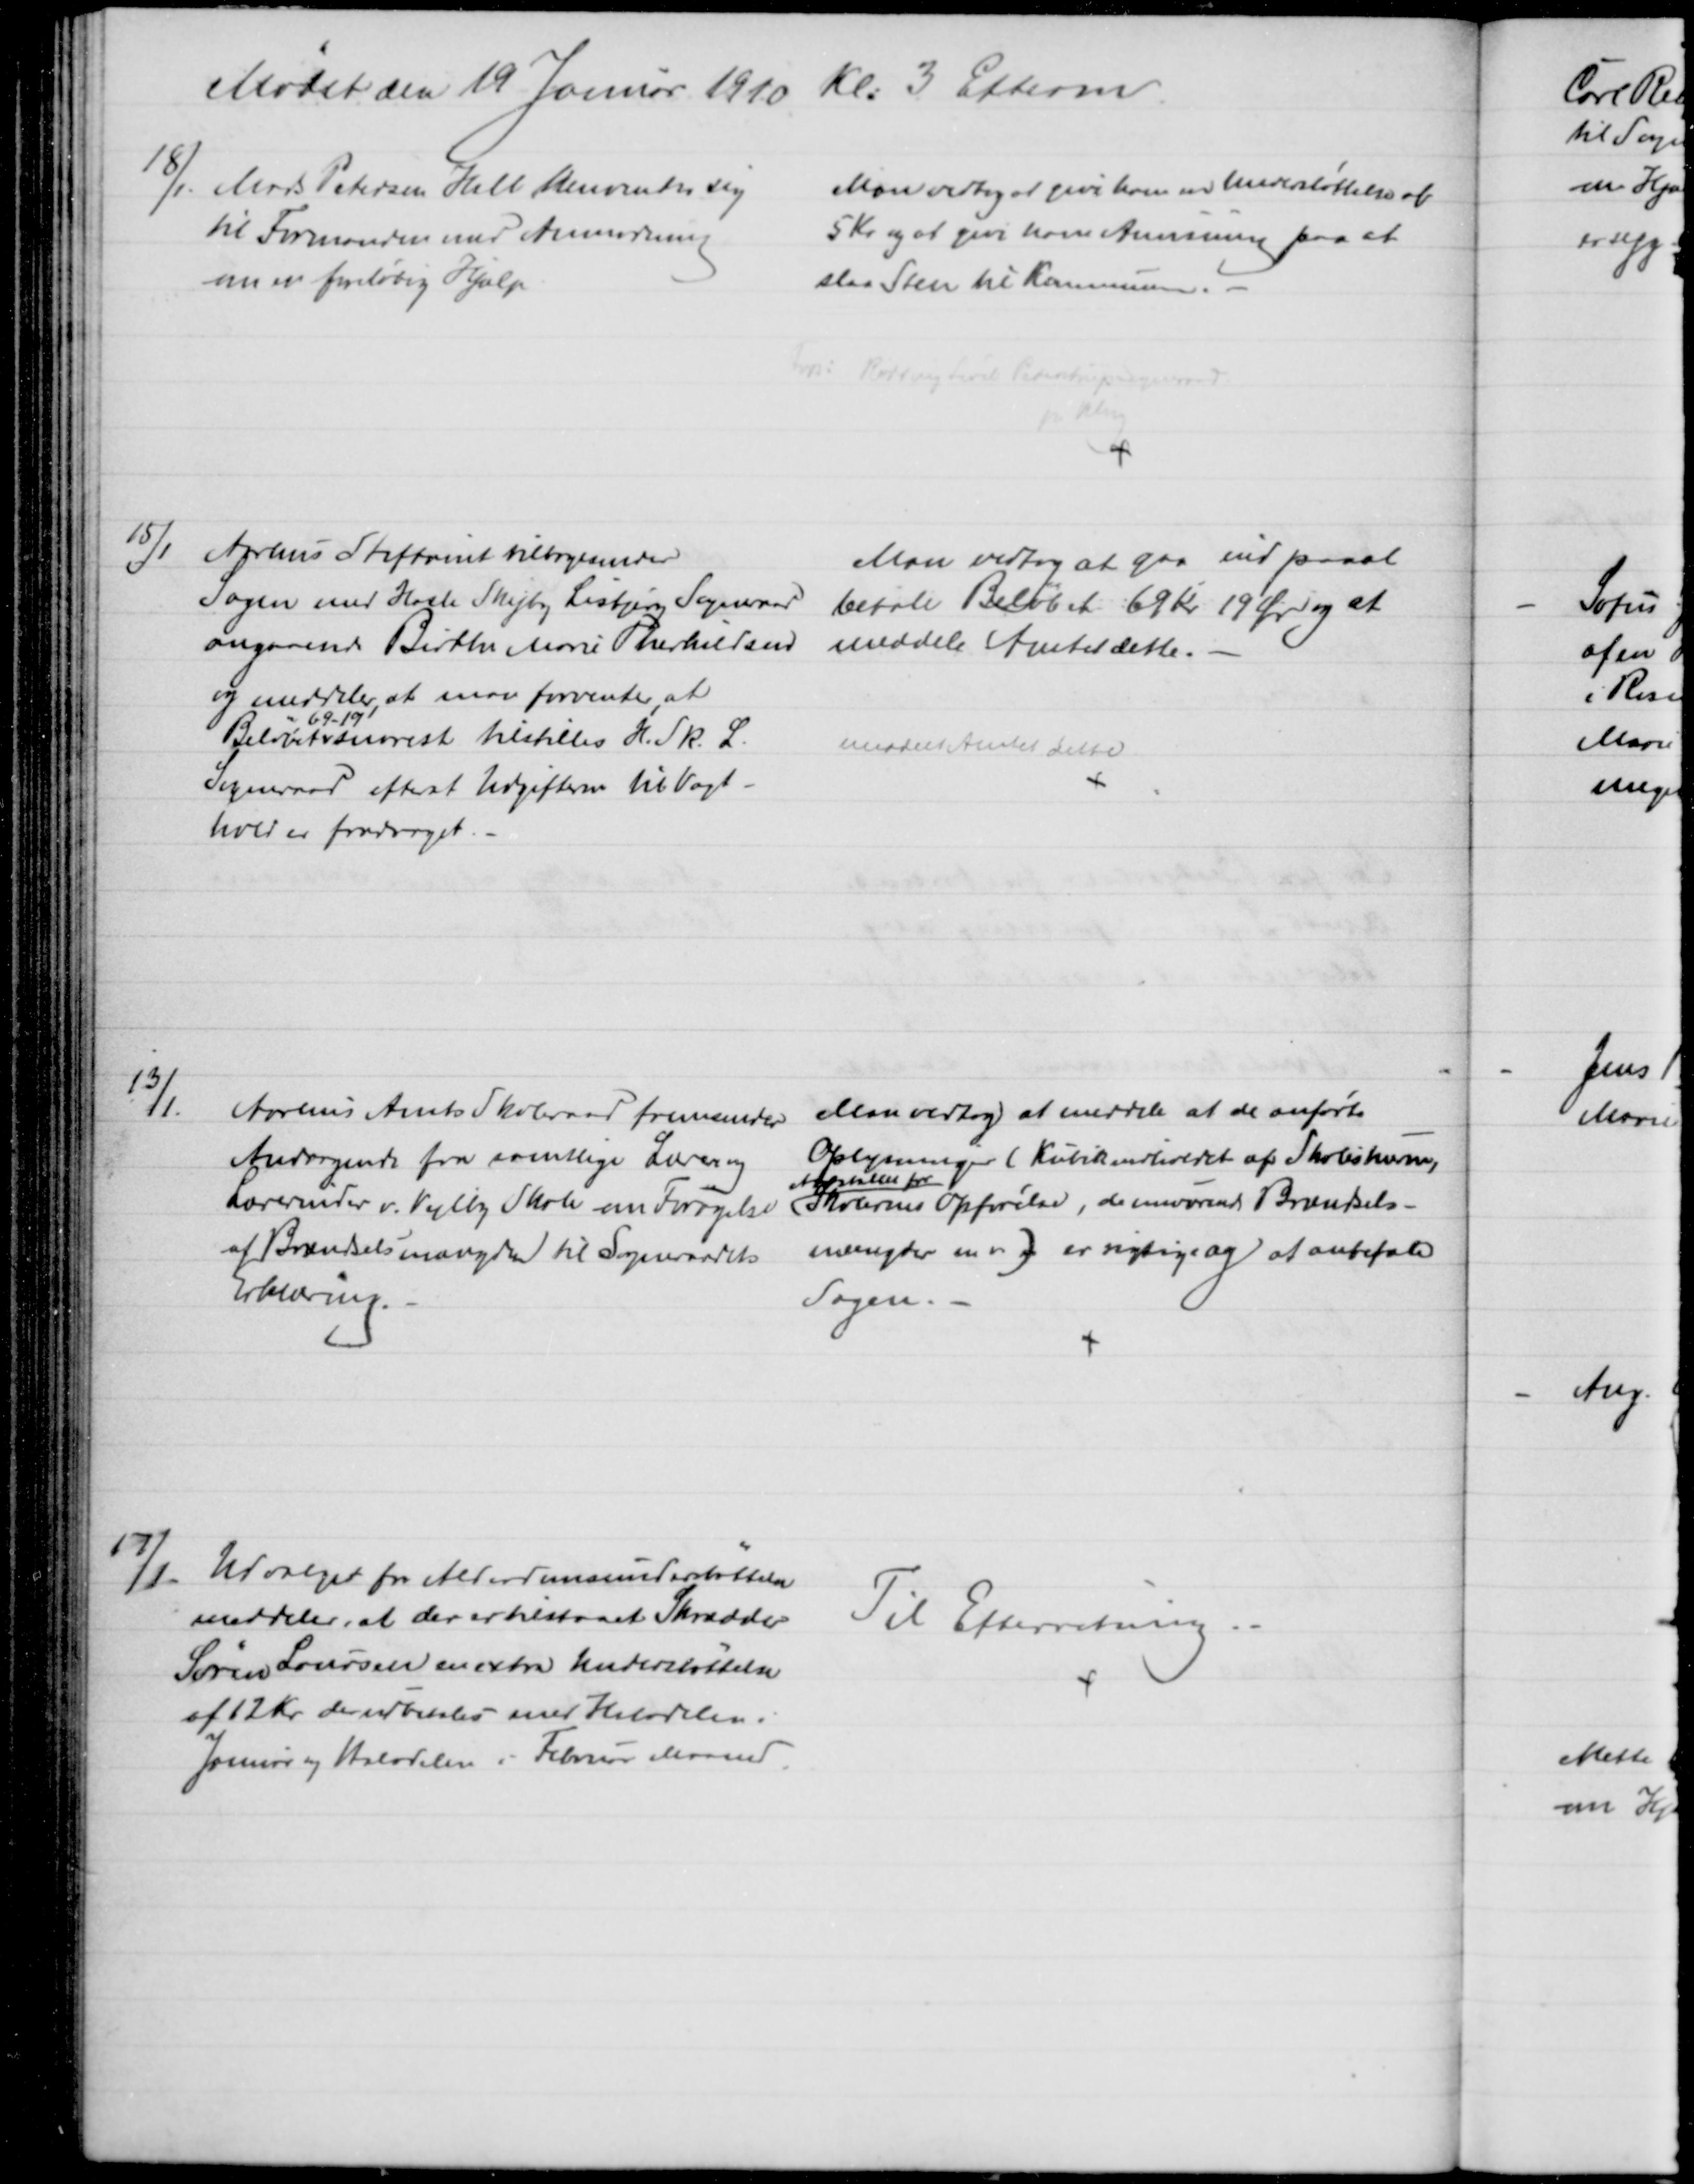
Transskription:
Mødet den 19 Januar 1910 Kl. 3 Efterm
18/1.
Mads Petersen Hall henvender sig
til Formanden med Anmodning
om en foreløbig Hjælp
Man vedtog at give ham en Understøttelse af 
5 Kr. og at give ham Anvisning paa at 
slaa Sten til Kommunen. 
Fvp:
Rødding Løvel Pederstrup Sogneraad
pr Viborg
15/1
Aarhus Stiftamt tilbagesender
Sagen med Hasle Skejby Lisbjerg Sogneraad
angaaende Birthe Marie Therkildsen
og meddeler at man forventer, at
Beløbet 
69-19
snarest tilstilles H. Sk. L.
Sogneraad efterat Udgifterne til Vagt-
hold er fradraget.
Man vedtog at gaa ind paaat
betale Beløbet 69 Kr 19 Øre og at
meddele Amtet dette.
meddelt Amtet dette
13/1.
Aarhus Amts Skoleraad fremsender
Andragende fra samtlige Lærere og
Lærerinder v. Vejlby Skole om Forøgelse
af Brændselsmængden til Sogneraadets
Erklæring.
Man vedtog at meddele at de anførte
Oplysninger (Kubikindholdet af Skolestuerne,
Aarstallet for
Skolernes Opførelse, de nuværende Brændsels-
mængder m.v.) er rigtige og at anbefale
Sagen.
17/1
Udvalget for Alderdomsunderstøttelse
meddeler, at der er tilstaaet Skrædder
Søren Laursen en extra Understøttelse
af 12 Kr der udbetales med Halvdelen i
Januar og Halvdelen i Februar Maaned.
Til Efterretning.